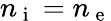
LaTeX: n_{\mathrm{~i~}}=n_{\mathrm{~e~}}